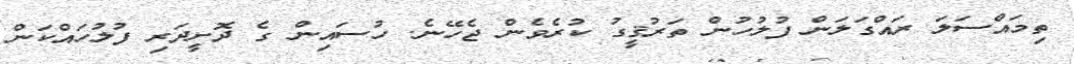
ތިމައްސަލަ ރައްގަލަން ފުލުހުން ތަރުޤީގު ކުރެވެން ޖެހޭނެ. ހުސައިން ގެ ދޮށީދަރި ފުލުހައްކަން